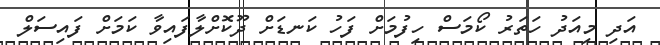
އަދި މިއަދު ހަތަރު ކޯމަސް ހިފުމަށް ފަހު ކަނޑަށް ދޫކޮށްލާފައިވާ ކަމަށް ފައިސަލް